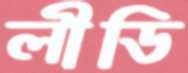
লীডি